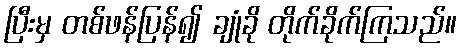
ပြီးမှ တစ်ဖန်ပြန်၍ ချုံခို တိုက်ခိုက်ကြသည်။